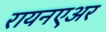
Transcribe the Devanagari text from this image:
रायनएअर